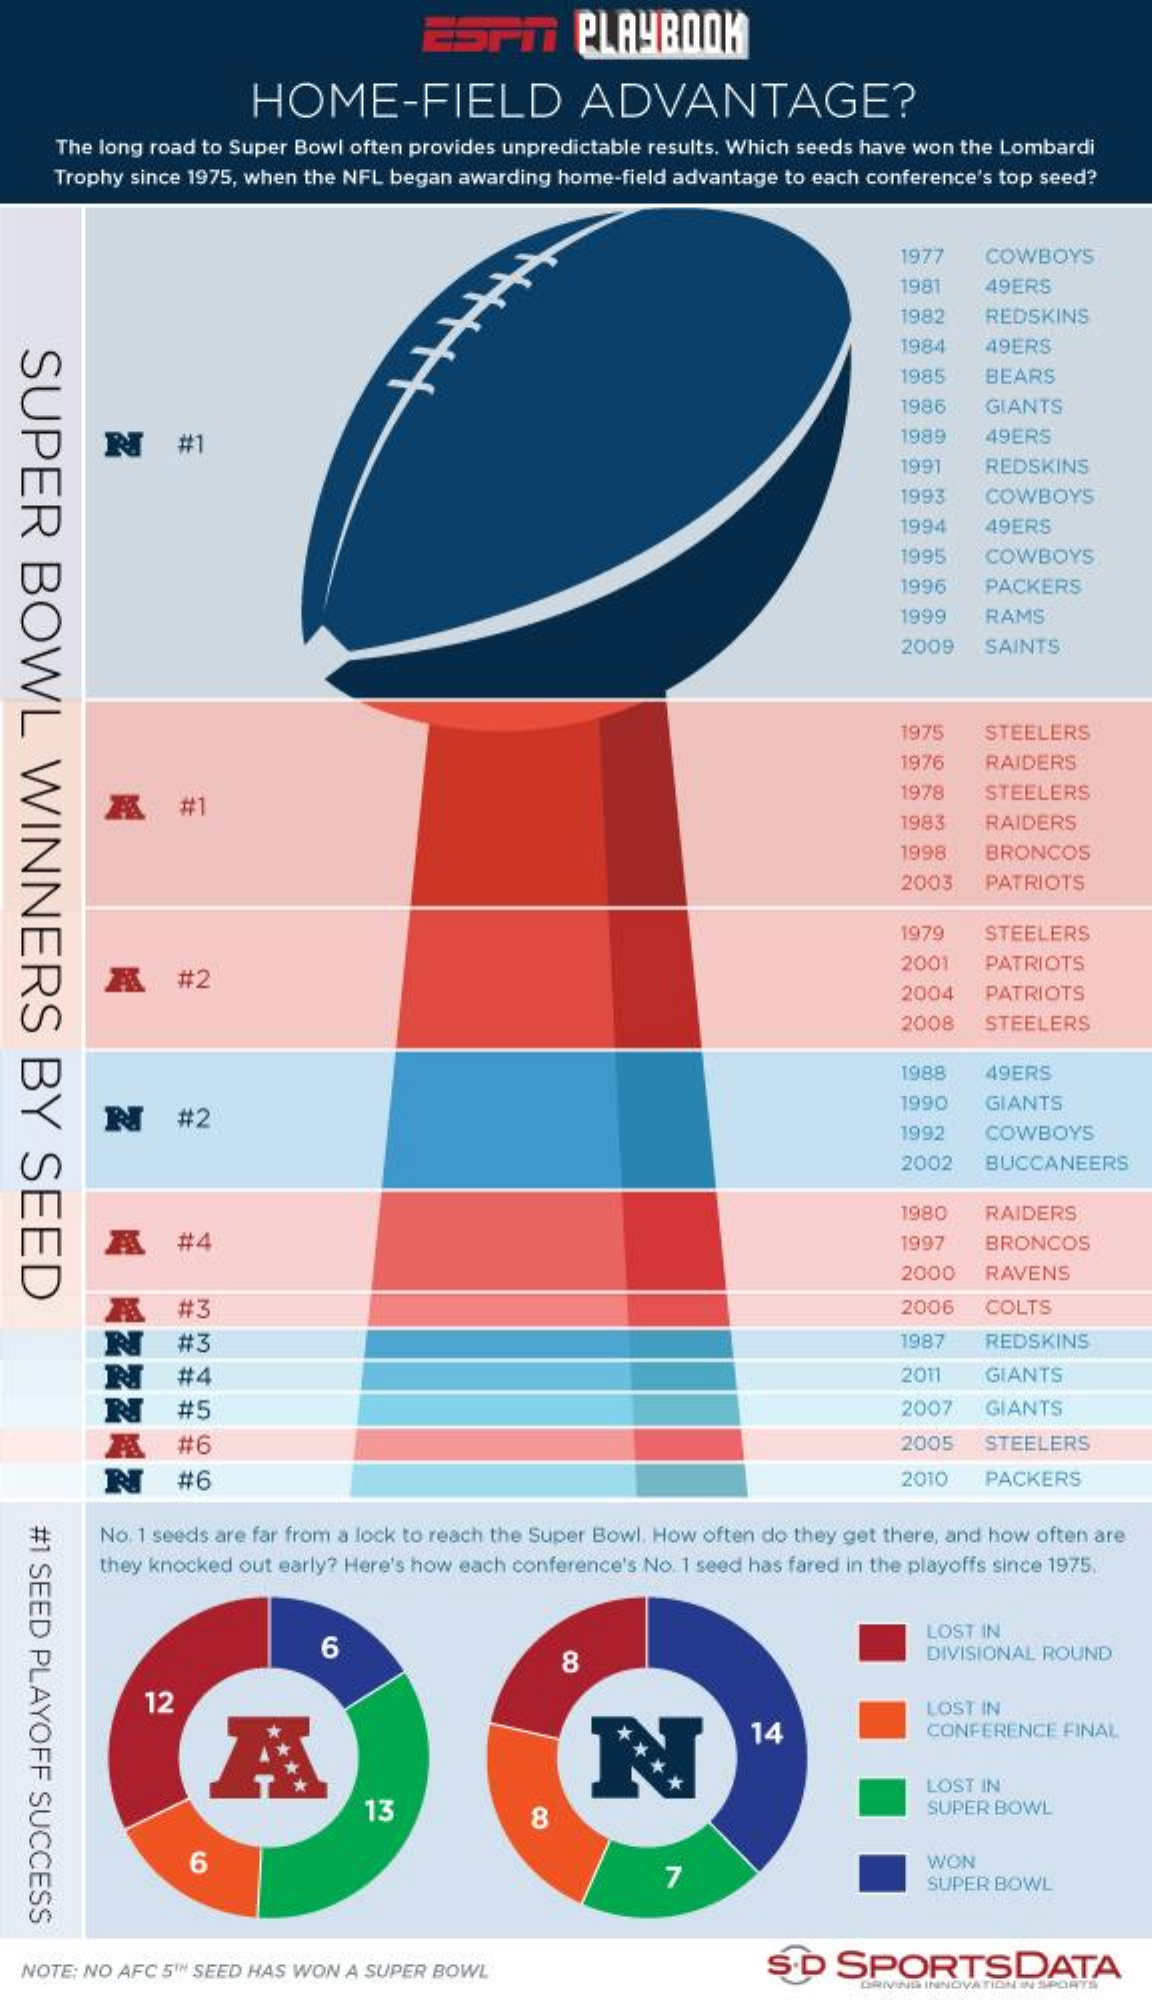
ESTni    PLAYBOOK
     HOME-FIELD    ADVANTAGE?
     The long road to Super Bowl often provides unpredictable results. Which seeds have won the Lombardi
     Trophy since 1975, when the NFL began awarding home-field advantage to each conference's top seed?
     1977   COWBOYS
     1981   49ERS
     1982   REDSKINS
     1984   49ERS
  SUPER
  BOWL
  WINNERS
  BY
  SEED
     1985   BEARS
     1986   GIANTS
     ₦    #1    1989    49ERS
     1991   REDSKINS
     1993   COWBOYS
     1994   49ERS
     1995   COWBOYS
     1996   PACKERS
     1999   RAMS
     2009   SAINTS
     1975   STEELERS
     1976   RAIDERS
     #1
     1978   STEELERS
     1983   RAIDERS
     1998   BRONCOS
     2003   PATRIOTS
     1979   STEELERS
     A    #2
     2001   PATRIOTS
     2004   PATRIOTS
     2008   STEELERS
     1988   49ERS
     #2
     1990   GIANTS
     1992   COWBOYS
     2002   BUCCANEERS
     1980   RAIDERS
     Æ    #4    1997   BRONCOS
     2000   RAVENS
     NZZZAZ
     #3    2006   COLTS
     #3    1987   REDSKINS
     #4    2011   GIANTS
     N    #5    2007   GIANTS
     A    #6    2005   STEELERS
     #6    2010   PACKERS
     No. 1 seeds are far from a lock to reach the Super Bowl. How often do they get there, and how often are #1
   SEED
   PLAYOFF
   SUCCESS
     they knocked out early? Here's how each conference's No. 1 seed has fared in the playoffs since 1975.
     6
     LOST IN
     18    DIVISIONAL ROUND
     12
     14
     LOST IN
     CONFERENCE FINAL
     LOST IN
     13    8    SUPER BOWL
     6
     7
     WON
     SUPER BOWL
  NOTE: NO AFC 5'" SEED HAS WON A SUPER BOWL    S.D  SPORTSDATA